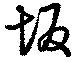
坂